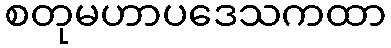
စတုမဟာပဒေသကထာ